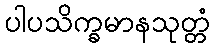
ပါပသိက္ခမာနသုတ္တံ